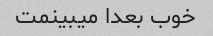
خوب بعدا میبینمت